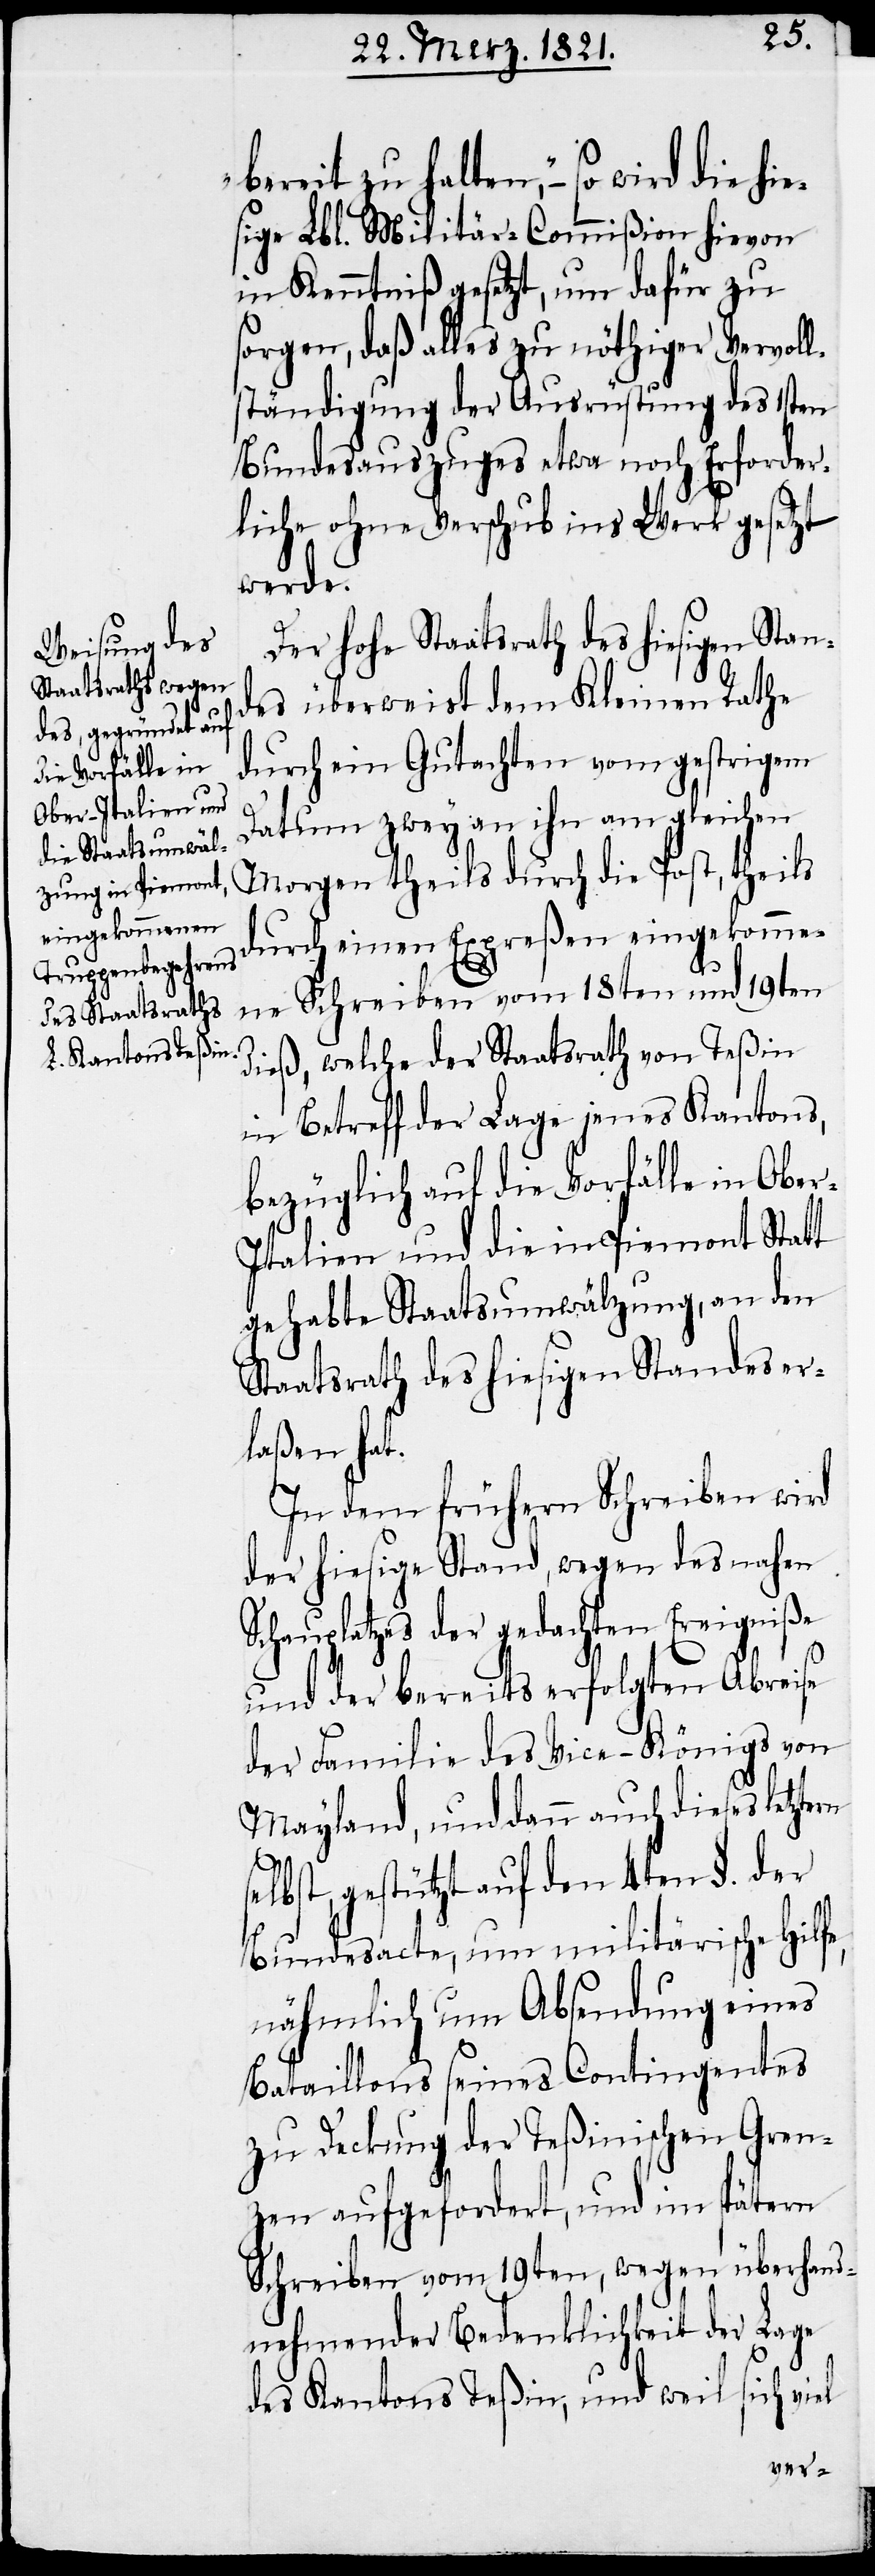
bereit zu halten,“ – so wird
sige Lbl. Militär-Commißion hievon
in Kenntniß gesetzt, um dafür zu
sorgen, daß alles zu nöthiger Vervoll¬
ständigung der Ausrüstung des 1sten
Bundesauszuges etwa noch Erforder¬
liche ohne Verschub ins Werk gesetzt
werde.
Der hohe Staatsrath des hiesigen Stan¬
des überweist dem Kleinen Rathe
durch ein Gutachten vom gestrigen
Datum zwey an ihn am gleichen
Morgen theils durch die Post, theils
durch einen Expreßen eingekomme¬
ne Schreiben vom 18ten und 19ten
dieß, welche der Staatsrath von Teßin
in Betreff der Lage jenes Kantons,
bezüglich auf die Vorfälle in Ob¬
talien und die in Piemont Statt
gehabte Staatsumwälzung, an den
Staatsrath des hiesigen Standes er¬
laßen hat.
In dem früheren Schreiben wird
der hiesige Stand, wegen des nahen
Schauplatzes der gedachten Ereigniße
und der bereits erfolgten Abreise
der Familie des Vice-Königs von
Mayland, und dann auch dieses letzt¬
elbst, gestützt auf den 4ten §. der
Bundesacte, um militärische Hilfe,
nähmlich um Absendung eines
Bataillons seines Contingentes
zu Deckung der Teßinischen Gren¬
zen aufgefordert, und im spätern
Schreiben vom 19ten, wegen überhand¬
nehmender Bedenklichkeit der Lage
des Kantons Teßin, und weil sich viel
ern s¬